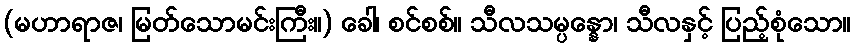
(မဟာရာဇ၊ မြတ်သောမင်းကြီး။) ခေါ၊ စင်စစ်။ သီလသမ္ပန္နော၊ သီလနှင့် ပြည့်စုံသော။